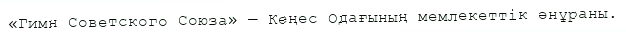
«Гимн Советского Союза» — Кеңес Одағының мемлекеттік әнұраны.